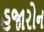
હજારોન